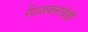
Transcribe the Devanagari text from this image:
रेंदाळकरांचेही